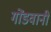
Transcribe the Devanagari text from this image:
गोंडवानी